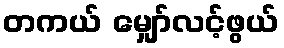
တကယ် မျှော်လင့်ဖွယ်